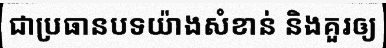
ជាប្រធានបទយ៉ាងសំខាន់ និងគួរឲ្យ